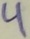
Text: 4